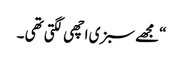
“مجھے سبزی اچھی لگتی تھی ۔